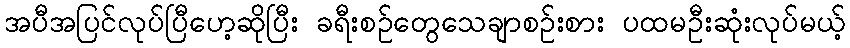
အပီအပြင်လုပ်ပြီဟေ့ဆိုပြီး ခရီးစဉ်တွေသေချာစဉ်းစား ပထမဦးဆုံးလုပ်မယ့်